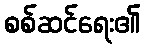
စစ်ဆင်ရေး၏